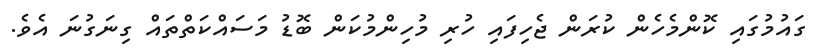
ގައުމުގައި ކޮންމެހެން ކުރަން ޖެހިފައި ހުރި މުހިންމުކަން ބޮޑު މަސައްކަތްތައް ގިނަގުނަ އެވެ.